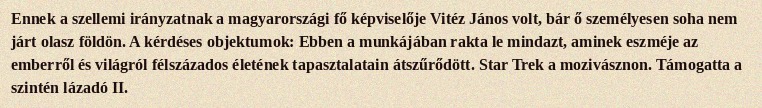
Ennek a szellemi irányzatnak a magyarországi fő képviselője Vitéz János volt, bár ő személyesen soha nem járt olasz földön. A kérdéses objektumok: Ebben a munkájában rakta le mindazt, aminek eszméje az emberről és világról félszázados életének tapasztalatain átszűrődött. Star Trek a mozivásznon. Támogatta a szintén lázadó II.